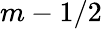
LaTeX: m-1/2